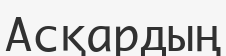
Асқардың